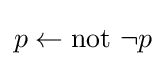
p\leftarrow \mathrm {not} ~\neg p